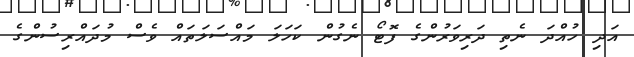
އަދި ހުއްދަ ނެތި ދަރިވަރުންގެ ފޮޓޯ ނެގުން ކަހަލަ މައްސަލަތައް ވެސް މުދައްރިސުންގެ